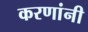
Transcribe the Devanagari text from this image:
करणांनी